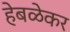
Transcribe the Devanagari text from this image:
हेबळेकर